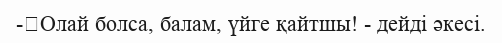
-	Олай болса, балам, үйге қайтшы! - дейді әкесі.